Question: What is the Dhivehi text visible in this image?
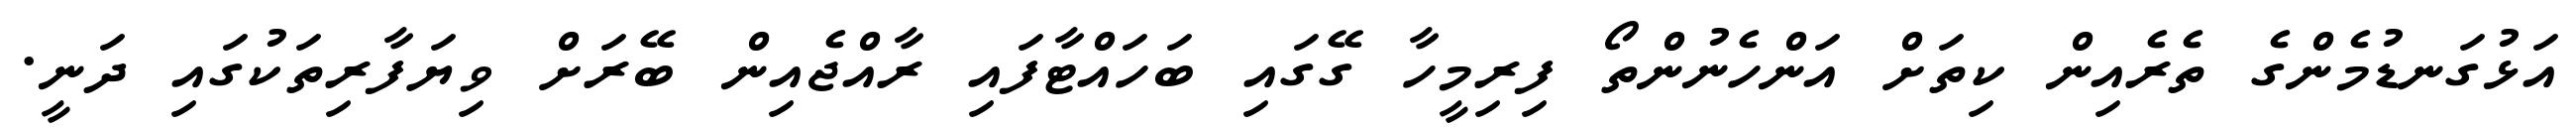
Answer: އަޅުގަނޑުމެންގެ ތެރެއިން ކިތަށް އަންހެނުންތޯ ފިރިމީހާ ގޭގައި ބަހައްޓާފައި ރާއްޖެއިން ބޭރަށް ވިޔަފާރިތަކުގައި ދަނީ.